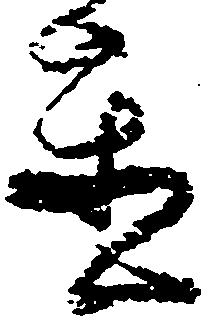
置